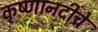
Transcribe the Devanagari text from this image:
कृष्णानदीचे